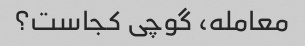
معامله، گوچی کجاست؟